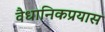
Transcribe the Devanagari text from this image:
वैधानिकप्रयास